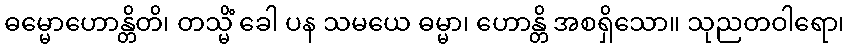
ဓမ္မောဟောန္တိတိ၊ တသ္မိံ ခေါ ပန သမယေ ဓမ္မာ၊ ဟောန္တိ အစရှိသော။ သုညတဝါရော၊